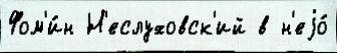
Фом'и́н Н'еслуховск'ий в н'еjо́